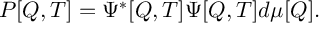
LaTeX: { \cal P } [ Q , T ] = \Psi ^ { * } [ Q , T ] \Psi [ Q , T ] d \mu [ Q ] .